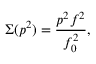
\Sigma ( p ^ { 2 } ) = \frac { p ^ { 2 } f ^ { 2 } } { f _ { 0 } ^ { 2 } } ,